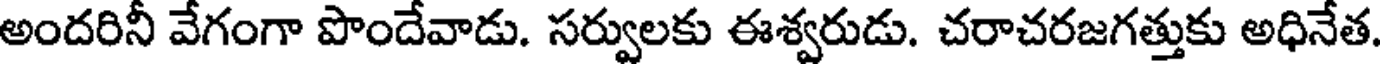
అందరినీ వేగంగా పొందేవాడు. సర్వులకు ఈశ్వరుడు. చరాచరజగత్తుకు అధినేత